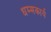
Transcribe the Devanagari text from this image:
धम्मकार्य